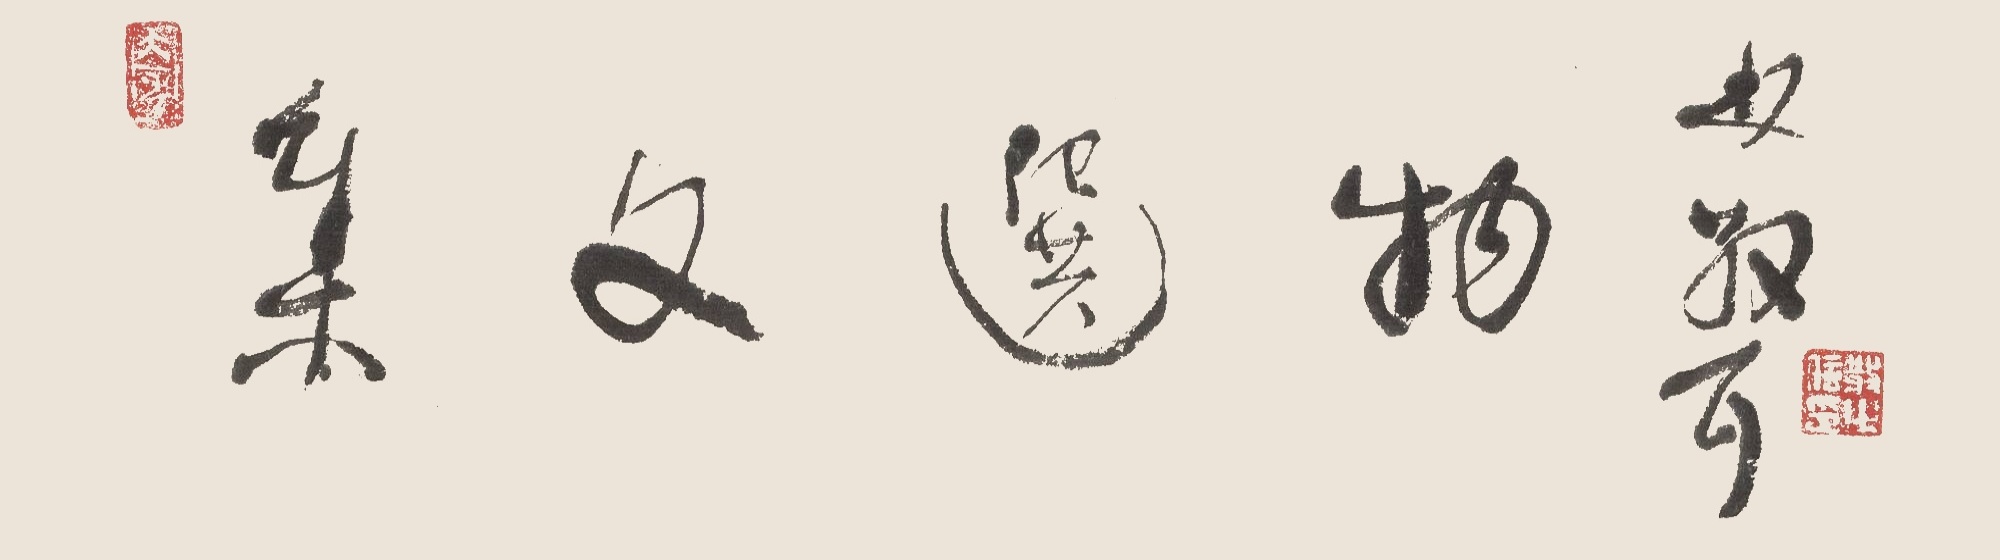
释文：集文选物林散耳。